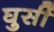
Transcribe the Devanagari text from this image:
घुसीं